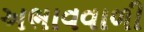
અભાવવાળી